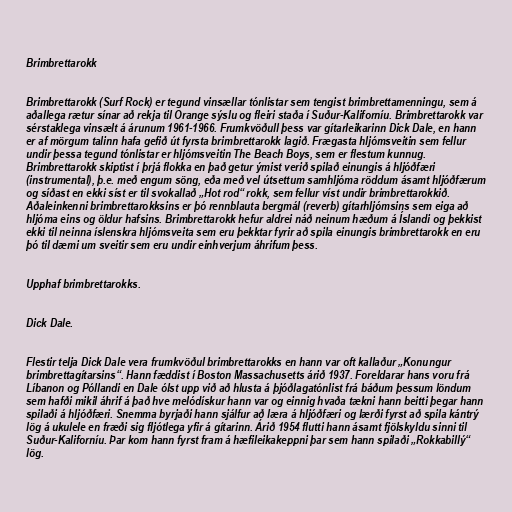
Brimbrettarokk

Brimbrettarokk (Surf Rock) er tegund vinsællar tónlistar sem tengist brimbrettamenningu, sem á
aðallega rætur sínar að rekja til Orange sýslu og fleiri staða í Suður-Kaliforníu. Brimbrettarokk var
sérstaklega vinsælt á árunum 1961-1966. Frumkvöðull þess var gítarleikarinn Dick Dale, en hann
er af mörgum talinn hafa gefið út fyrsta brimbrettarokk lagið. Frægasta hljómsveitin sem fellur
undir þessa tegund tónlistar er hljómsveitin The Beach Boys, sem er flestum kunnug.
Brimbrettarokk skiptist í þrjá flokka en það getur ýmist verið spilað einungis á hljóðfæri
(instrumental), þ.e. með engum söng, eða með vel útsettum samhljóma röddum ásamt hljóðfærum
og síðast en ekki síst er til svokallað „Hot rod“ rokk, sem fellur víst undir brimbrettarokkið.
Aðaleinkenni brimbrettarokksins er þó rennblauta bergmál (reverb) gítarhljómsins sem eiga að
hljóma eins og öldur hafsins. Brimbrettarokk hefur aldrei náð neinum hæðum á Íslandi og þekkist
ekki til neinna íslenskra hljómsveita sem eru þekktar fyrir að spila einungis brimbrettarokk en eru
þó til dæmi um sveitir sem eru undir einhverjum áhrifum þess.

Upphaf brimbrettarokks.

Dick Dale.

Flestir telja Dick Dale vera frumkvöðul brimbrettarokks en hann var oft kallaður „Konungur
brimbrettagítarsins“. Hann fæddist í Boston Massachusetts árið 1937. Foreldarar hans voru frá
Líbanon og Póllandi en Dale ólst upp við að hlusta á þjóðlagatónlist frá báðum þessum löndum
sem hafði mikil áhrif á það hve melódískur hann var og einnig hvaða tækni hann beitti þegar hann
spilaði á hljóðfæri. Snemma byrjaði hann sjálfur að læra á hljóðfæri og lærði fyrst að spila kántrý
lög á ukulele en fræði sig fljótlega yfir á gítarinn. Árið 1954 flutti hann ásamt fjölskyldu sinni til
Suður-Kaliforníu. Þar kom hann fyrst fram á hæfileikakeppni þar sem hann spilaði „Rokkabillý“
lög.